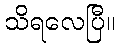
သိရလေပြီ။